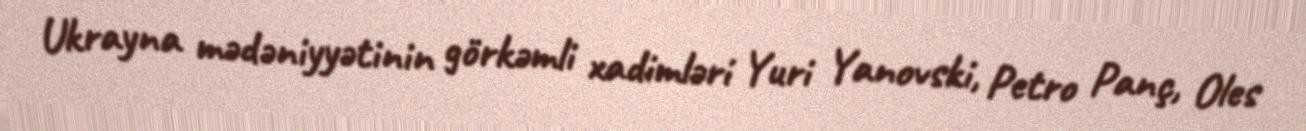
Ukrayna mədəniyyətinin görkəmli xadimləri Yuri Yanovski, Petro Panç, Oles